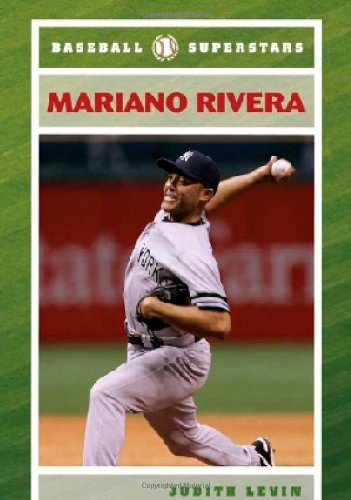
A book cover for Mariano Rivera (Baseball Superstars); Judith Levin; Teen & Young Adult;